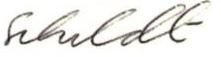
Schildt